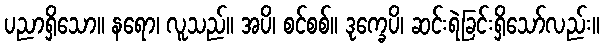
ပညာရှိသော။ နရော၊ လူသည်။ အပိ၊ စင်စစ်။ ဒုက္ခေပိ၊ ဆင်းရဲခြင်းရှိသော်လည်း။